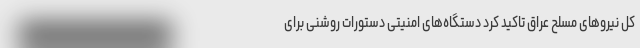
کل نیروهای مسلح عراق تاکید کرد دستگاه‌های امنیتی دستورات روشنی برای